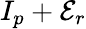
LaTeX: I_{p}+\mathcal{E}_{r}